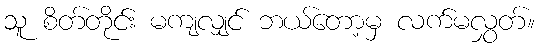
သူ စိတ်တိုင်း မကျလျှင် ဘယ်တော့မှ လက်မလွှတ်။